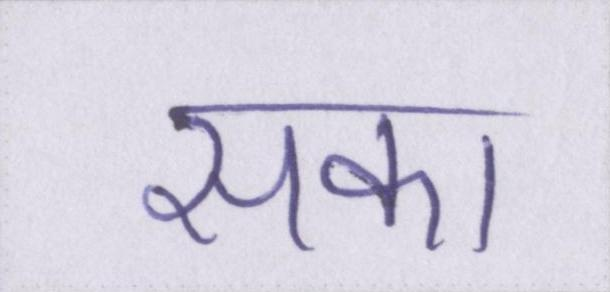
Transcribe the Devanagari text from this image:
सका